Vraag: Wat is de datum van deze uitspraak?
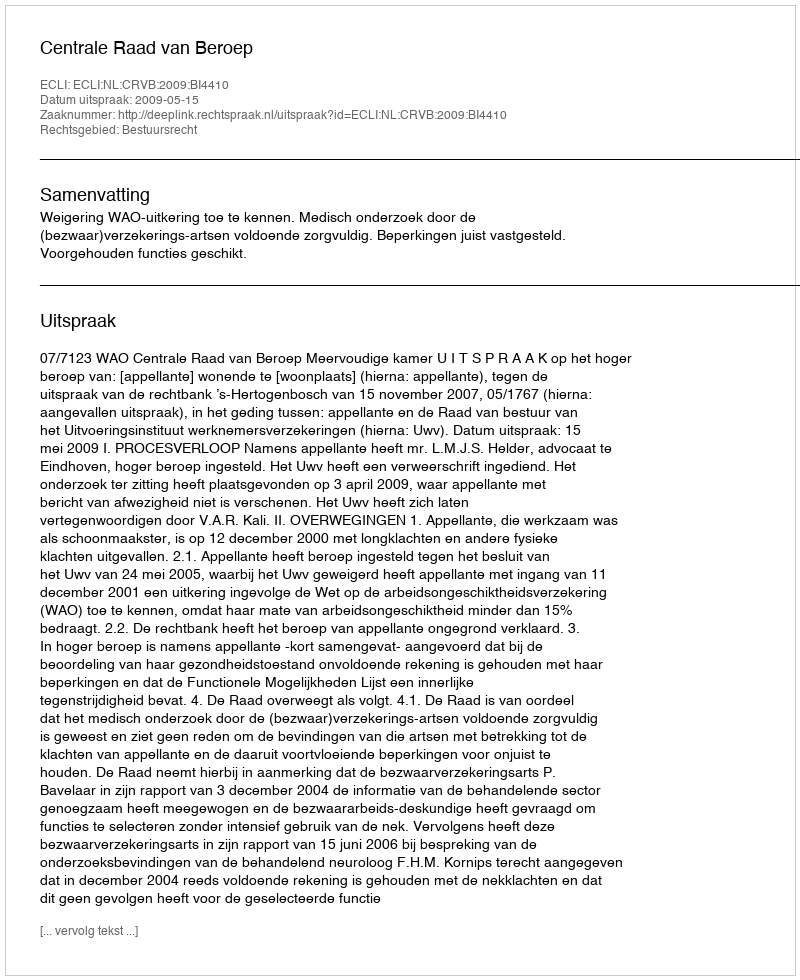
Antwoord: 2009-05-15